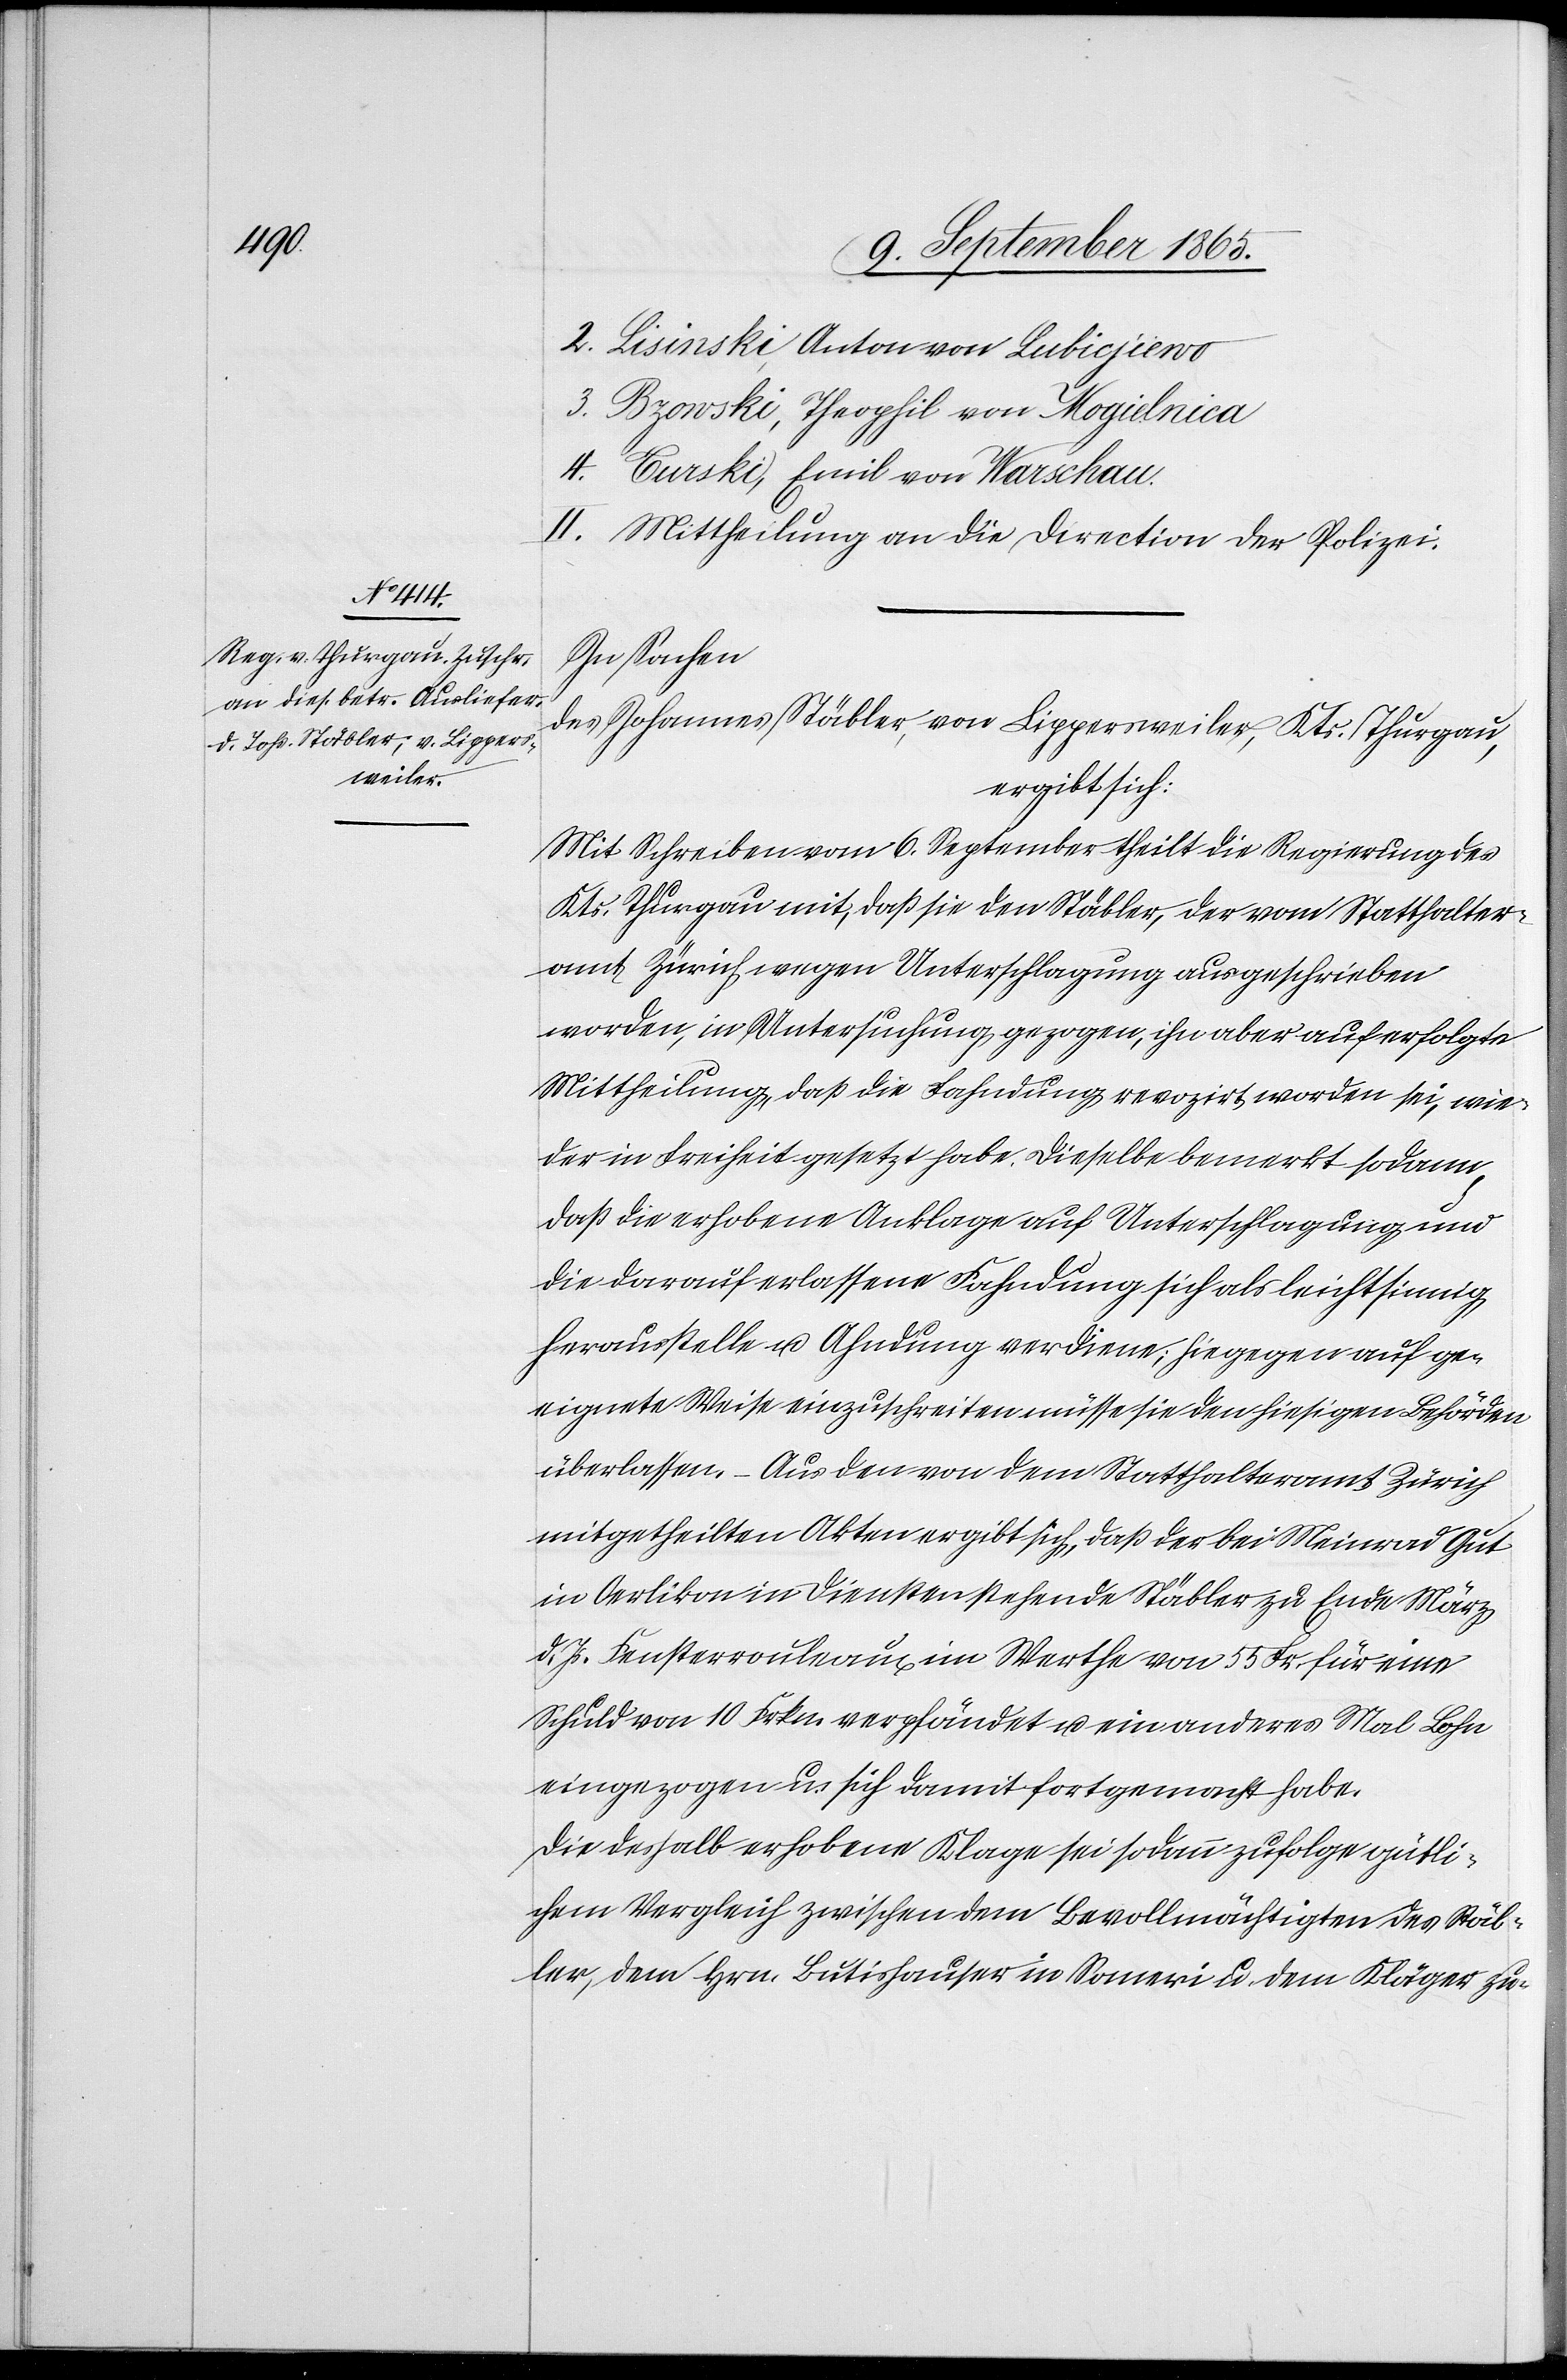
2. Lisinski, Anton von Lubicjiewo
3. Bzowski, Theophil von Mogielnica
4. Curski, Emil von Warschau.
II. Mittheilung an die Direction der Polizei.
In Sachen
des Johannes Stäbler, von Lippersweiler, Kts. Thurgau,
ergibt sich:
Mit Schreiben vom 6. September theilt die Regierung des
Kts. Thurgau mit, daß sie den Stäbler, der vom Statthatler¬
amt Zürich wegen Unterschlagung ausgeschrieben
worden, in Untersuchung gezogen, ihn aber auf erfolgte
Mittheilung, das die Fahndung revozirt worden sei, wie¬
der in Freiheit gesetzt habe. Dieselbe bemerkt sodann,
daß die erhobene Anklage auf Unterschlagung und
die darauf erlassene Fahndung sich als leichtsinnig
herausstellte u. Ahndung verdiene; hiegegen auf ge¬
eignete Weise einzuschreiten müsse sie den hiesigen Behörden
überlassen. Aus den von dem Statthalteramt Zürich
mitgetheilten Akten ergibt sich, daß der bei Meinrad Gut
in Oerlikon in Diensten stehende Stäbler zu Ende März
d. Js. Fensterrouleaux im Werthe von 55 Fr. für eine
Schuld von 10 Frkn. verpfändet u. ein anderes Mal Lohn
eingezogen u. sich damit fortgemacht habe.
Die deshalb erhobene Klage sei sodann zufolge gütli¬
chem Vergleich zwischen dem Bevollmächtigten des Stäb¬
ler, dem Hrn. Butishauser in Someri u. dem Kläger zu-